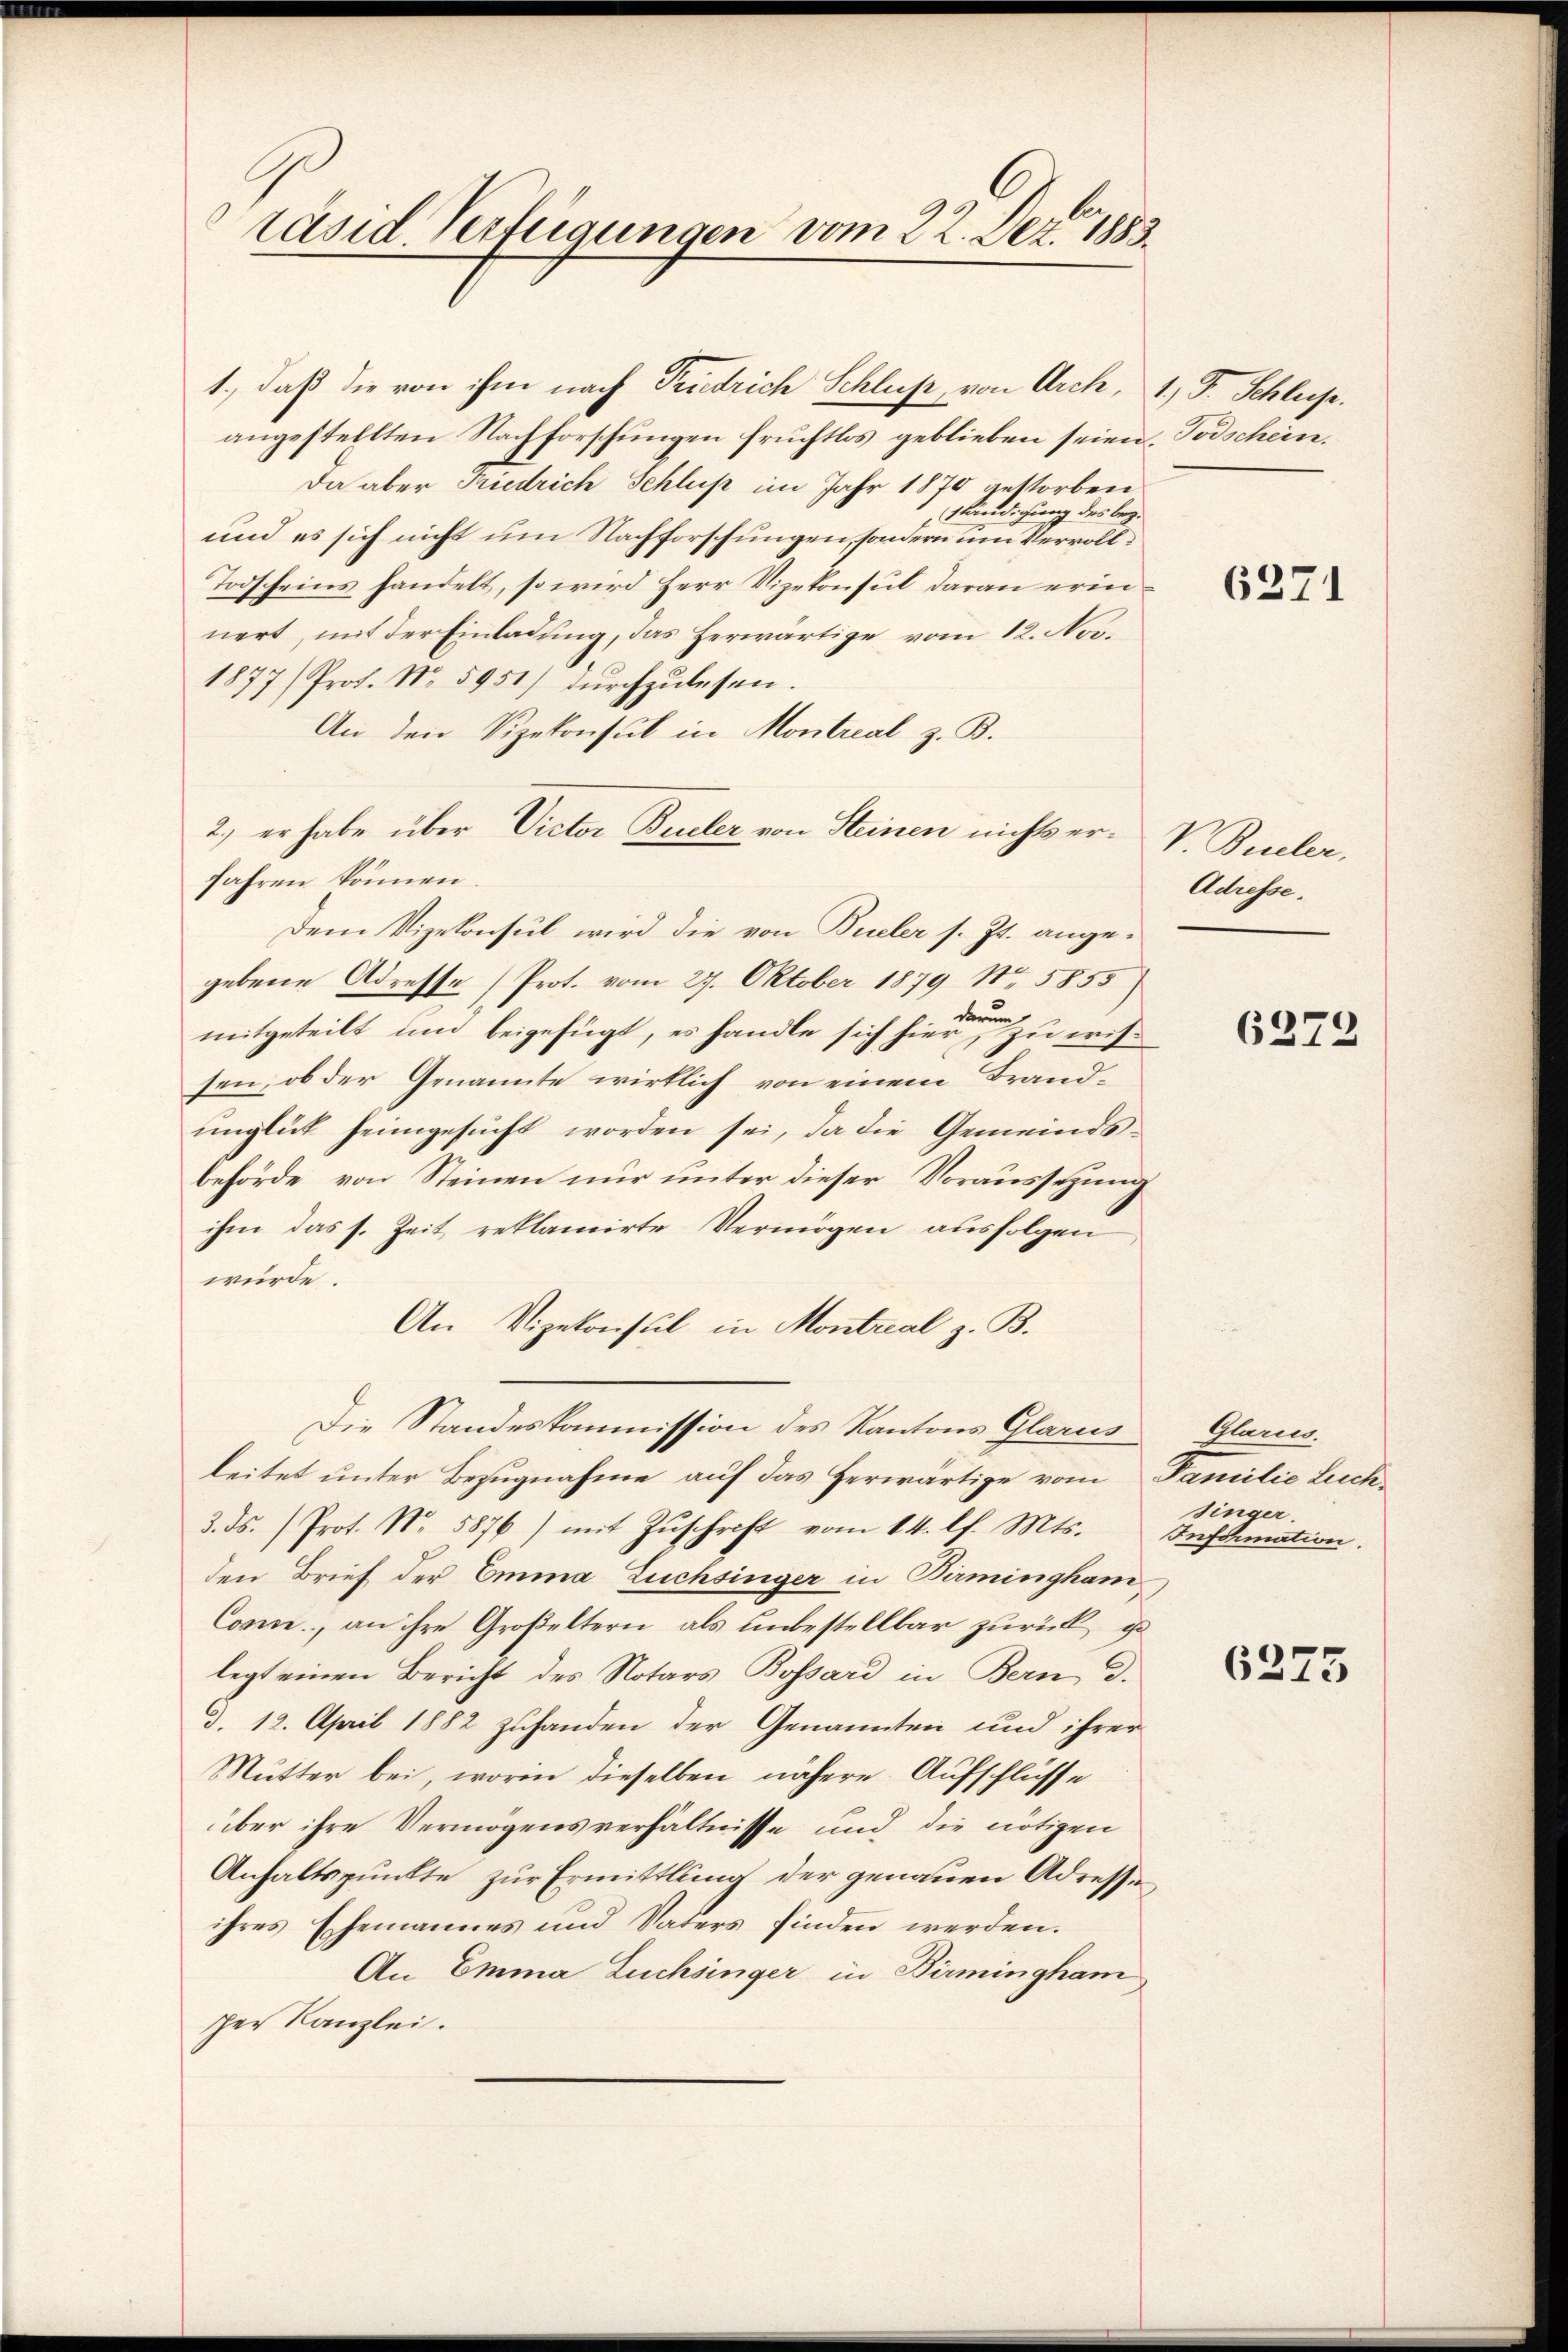
räsid Verfügungen vom 22. Dez. 1883.

1., daß die von ihm nach Friedrich Schluß, von Arch, 1.) J. Schluss.
angestellten Nachforschungen fruchtlos geblieben seien, Todschein.
Da aber Friedrich Schluß im Jahr 1870 gestorben
Ständigung des bez.
und es sich nicht um Nachforschungen, sondern um Vervoll¬
Todscheins handelt, so wird Herr Vizekonsul daran erinnert, mit der Einladung, das herwärtige vom 12. No¬
1877/ Prof. No. 5951) dŭrchzulesen.
An den Vizekonsul in Montreal z. B.
2.) er habe über Victor Büeler von Steinen nichts er- V. Büeler,
fahren können.
Dem Vizekonsul wird die von Büeler s. Zt. angegebene Adresse (Prot. vom 27. Oktober 1879 No 5855)
mitgeteilt und beigefügt, es handle sich hier zu wissen, ob der Genannte wirklich von einem Brandŭnglück heimgesŭcht worden sei, da die Gemeinds-
behörde von Steinen nur unter dieser Voraussetzung
ihm das s. Zeit reklamirte Vermögen ausfolgen
wurde.
An Vizekonsul in Montrial z. B.
Die Standeskommission des Kantons Glarus
leitet unter Bezugnahme auf das Herwärtige vom
3. ds. (Prot. No. 5876) mit Zŭschrift vom 14. lf. Mts.
den Brief der Emma Züchsinger in Birmingham
Conn., an ihre Großeltern, als unbestellbar zurück, ge
legt einen Bericht des Notars Bossard in Bern d.
d. 12. April 1882 zuhanden der Genannten und ihrer
Mutter bei, worin dieselben nähere Aufschlüsse
über ihre Vermögensverhältnisse und die nötigen
Anhaltspunkte zur Ermittlung der genauen Adressihres Ehemannes und Vaters finden werden.
An Emma Zuchsinger in Birmingham
ser Kanzlei.

6271

Adresse.

6272

Karn
Familie Luch.
singer.
Information.

6275